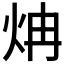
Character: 𬊁